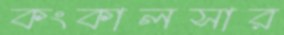
কংকালসার